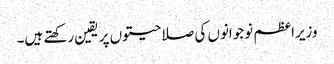
وزیراعظم نوجوانوں کی صلاحیتوں پر یقین رکھتے ہیں۔